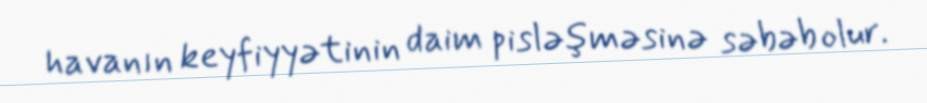
havanın keyfiyyətinin daim pisləşməsinə səbəb olur.